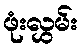
ဖုံးလွှမ်း